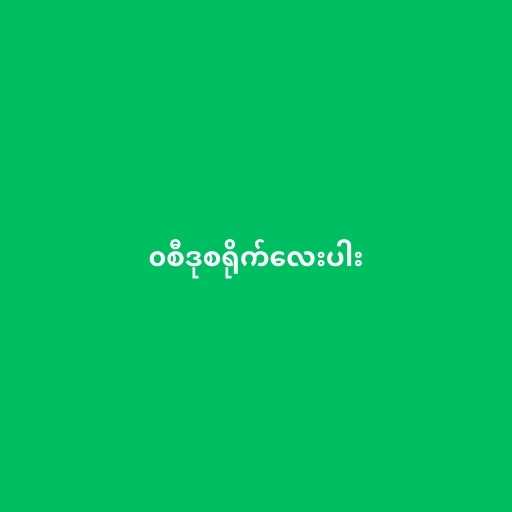
၀စီဒုစရိုက်လေးပါး